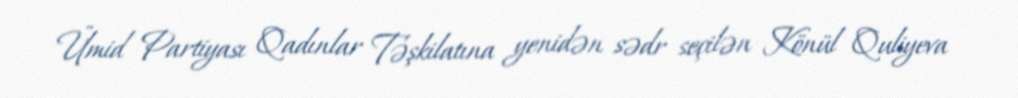
Ümid Partiyası Qadınlar Təşkilatına yenidən sədr seçilən Könül Quliyeva